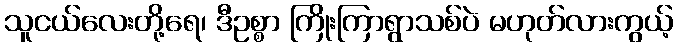
သူငယ်လေးတို့ရေ၊ ဒီဥစ္စာ ကြိုးကြာရွာသစ်ပဲ မဟုတ်လားကွယ့်